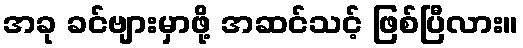
အခု ခင်ဗျားမှာဖို့ အဆင်သင့် ဖြစ်ပြီလား။